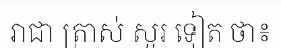
រាជា ត្រាស់ សួរ ទៀត ថា៖